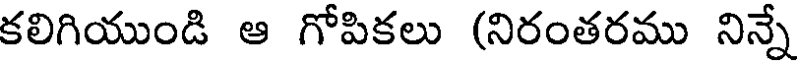
కలిగియుండి ఆ గోపికలు (నిరంతరము నిన్నే